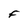
Character: F